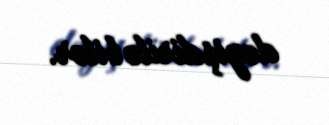
dəyişdirilə bilər.